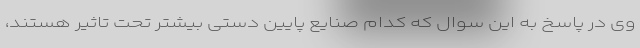
وی در پاسخ به این سوال که کدام صنایع پایین دستی بیشتر تحت تاثیر هستند،